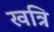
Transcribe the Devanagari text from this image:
खत्रि